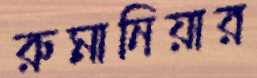
রুমানিয়ার